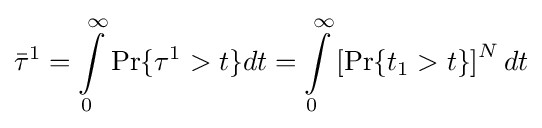
{\bar {\tau }}^{1}=\int \limits \limits _{0}^{\infty }\Pr\{\tau ^{1}>t\}dt=\int \limits _{0}^{\infty }\left[\Pr\{t_{1}>t\}\right]^{N}dt